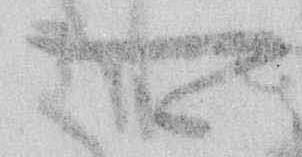
可